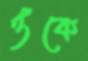
ওঁকে